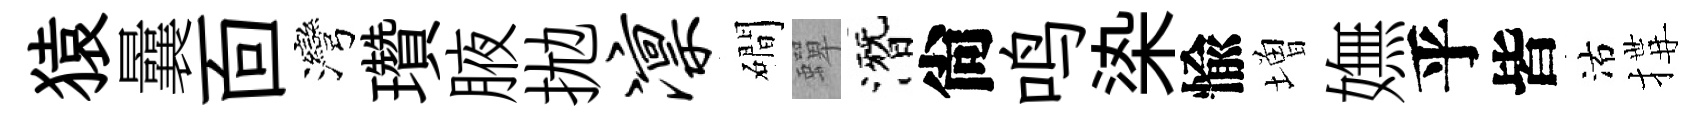
猿曩靣灣瓚腋拋凛磵蟬潛尙鸣𣑱愉増嫵乎皆沽搆